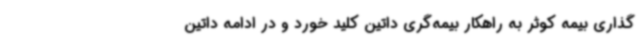
‌گذاری بیمه کوثر به راهکار بیمه‌گری داتین کلید خورد و در ادامه داتین